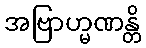
အဗြာဟ္မဏန္တိ